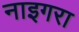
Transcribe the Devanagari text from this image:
नाइगरा